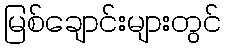
မြစ်ချောင်းများတွင်